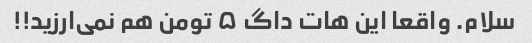
سلام. واقعا این هات داگ ۵ تومن هم نمی‌ارزید!!